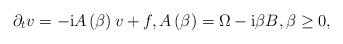
LaTeX: \begin{align*}\partial_{t}v=-\mathrm{i}A\left( \beta\right) v+f,A\left(\beta\right) =\Omega-\mathrm{i}\beta B,\beta\geq0, \end{align*}